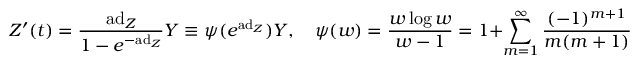
Z ^ { \prime } ( t ) = { \frac { \mathrm { a d } _ { Z } } { 1 - e ^ { - \mathrm { a d } _ { Z } } } } Y \equiv \psi ( e ^ { \mathrm { a d } _ { Z } } ) Y , \quad \psi ( w ) = { \frac { w \log w } { w - 1 } } = 1 + \sum _ { m = 1 } ^ { \infty } { \frac { ( - 1 ) ^ { m + 1 } } { m ( m + 1 ) } } ( w - 1 ) ^ { m } , | | w | | < 1 .